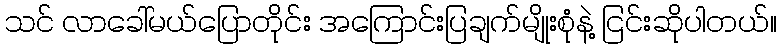
သင် လာခေါ်မယ်ပြောတိုင်း အကြောင်းပြချက်မျိုးစုံနဲ့ ငြင်းဆိုပါတယ်။